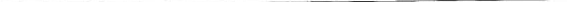
___